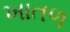
ખાતળ